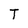
Character: T